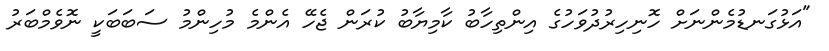
"އަޅުގަނޑުމެންނަށް ހޮނިހިރުދުވަހުގެ އިންތިހާބު ކާމިޔާބު ކުރަން ޖެހޭ އެންމެ މުހިންމު ސަބަބަކީ ނޮވެމްބަރު